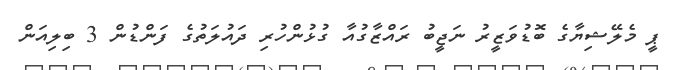
ޕީ މެލޭޝިޔާގެ ބޮޑުވަޒީރު ނަޖީބު ރައްޒާގުއާ ގުޅުންހުރި ދައުލަތުގެ ފަންޑުން 3 ބިލިއަން